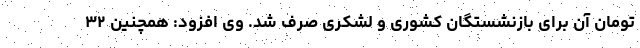
تومان آن برای بازنشستگان کشوری و لشکری صرف شد. وی افزود: همچنین ۳۲